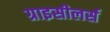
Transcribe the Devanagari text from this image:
ग्राइसीलर्स